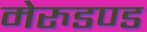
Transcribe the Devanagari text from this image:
मेरुडण्ड